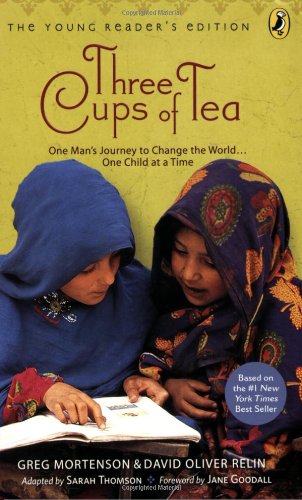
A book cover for Three Cups of Tea: One Man's Journey to Change the World... One Child at a Time (Young Reader's Edition); Greg Mortenson; Children's Books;